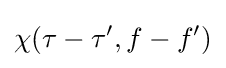
\chi (\tau -\tau ',f-f')